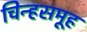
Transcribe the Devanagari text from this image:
चिन्हसमूह